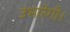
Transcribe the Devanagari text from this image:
उभारेगी।